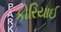
કોરિયાઈ